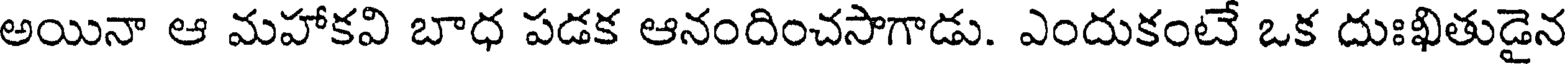
అయినా ఆ మహాకవి బాధ పడక ఆనందించసాగాడు. ఎందుకంటే ఒక దుఃఖితుడైన